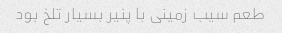
طعم سیب زمینی با پنیر بسیار تلخ بود